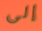
إلى